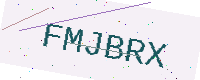
Text: FMJBRX